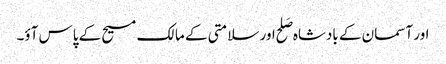
اور آسمان کے بادشاہ صَلح اور سلامتی کے مالک مسیح کے پاس آؤ۔